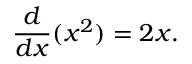
{ \frac { d } { d x } } ( x ^ { 2 } ) = 2 x .